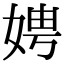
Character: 娉